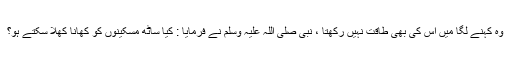
وہ کہنے لگا میں اس کی بھی طاقت نہيں رکھتا ، نبی صلی اللہ علیہ وسلم نے فرمایا : کیا ساٹھ مسکینوں کو کھانا کھلا سکتے ہو؟